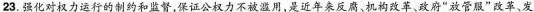
23.强化对权力运行的制约和监督，保证公权力不被滥用，是近年来反腐、机构改革、政府“放管服”改革、发